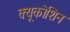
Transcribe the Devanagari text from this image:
क्यूकोशिन